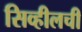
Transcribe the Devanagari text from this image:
सिव्हीलची